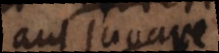
aut juvare